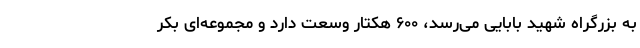
به بزرگراه شهید بابایی می‌رسد، ۶۰۰ هکتار وسعت دارد و مجموعه‌ای بکر